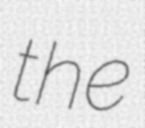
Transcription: the